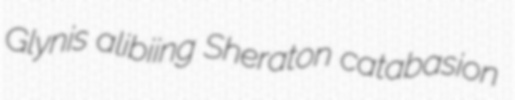
Glynis alibiing Sheraton catabasion